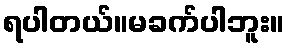
ရပါတယ်။မခက်ပါဘူး။